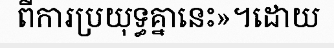
ពីការប្រយុទ្ធគ្នានេះ»។ដោយ